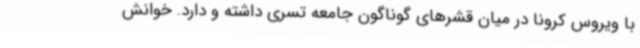
با ویروس کرونا در میان قشرهای گوناگون جامعه تسری داشته و دارد. خوانش